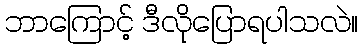
ဘာကြောင့် ဒီလိုပြောရပါသလဲ။